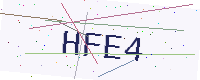
Text: HFE4